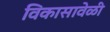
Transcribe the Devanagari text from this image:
विकासावेळी